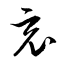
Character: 哀